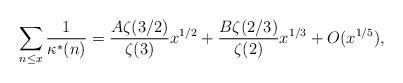
LaTeX: \begin{align*} \sum_{n\le x} \frac1{\kappa^*(n)}= \frac{A\zeta(3/2)}{\zeta(3)} x^{1/2} + \frac{B\zeta(2/3)}{\zeta(2)}x^{1/3}+ O(x^{1/5}),\end{align*}